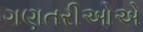
ગણતરીઓએ